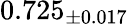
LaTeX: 0.725_{\pm 0.017}